Source: Handwritten
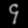
Digit: ၄ (4)